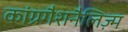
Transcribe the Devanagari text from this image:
कांग्रगैशनैलिज़्म